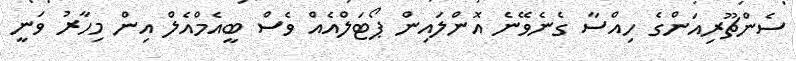
ސެންޗޫރިއަންގެ ހިއްސާ ގެނެވޭނެ އޮންލައިން ޕޯޓަލްއެއް ވެސް ބީއެމްއެލް އިން މިހާރު ވަނީ